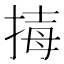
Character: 𢮇